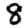
Digit: 8